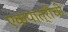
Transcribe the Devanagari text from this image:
एकपात्रीची